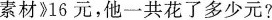
素材》16元，他一共花了多少元?